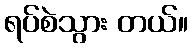
ရပ်စဲသွား တယ်။